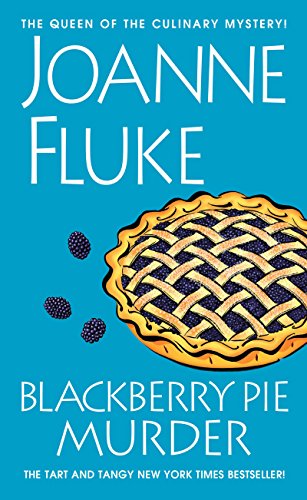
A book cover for Blackberry Pie Murder (A Hannah Swensen Mystery); Joanne Fluke; Mystery, Thriller & Suspense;